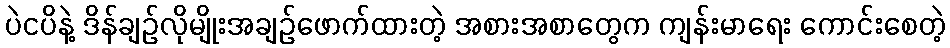
ပဲငပိနဲ့ ဒိန်ချဉ်လိုမျိုးအချဉ်ဖောက်ထားတဲ့ အစားအစာတွေက ကျန်းမာရေး ကောင်းစေတဲ့